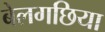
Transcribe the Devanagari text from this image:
बेलगछिया